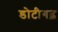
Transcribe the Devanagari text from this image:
डोटीगढ़